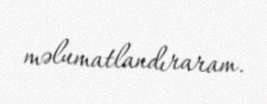
məlumatlandıraram.